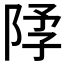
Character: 𫕃